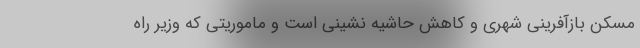
مسکن بازآفرینی شهری و کاهش حاشیه نشینی است و ماموریتی که وزیر راه